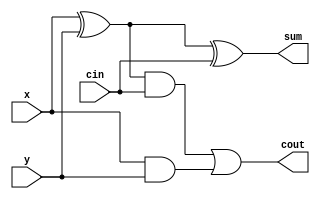
`timescale 1ns / 1ps
//////////////////////////////////////////////////////////////////////////////////
// Company: 
// Engineer: 
// 
// Design Name: 
// Module Name: Lab2_Part4
// Project Name: 
// Target Devices: 
// Tool Versions: 
// Description: 
// 
// Dependencies: 
// 
// Revision:
// Revision 0.01 - File Created
// Additional Comments:
// 
//////////////////////////////////////////////////////////////////////////////////

module Lab2_Part4(sum, cout, x, y, cin);
    input x;
    input y;
    input cin;
    output cout;
    output sum;

wire e, f, g;

xor #10 (e, x, y);
xor #10 (sum, e, cin);
and #10 (f, e, cin);
and #10 (g, x, y);
or #10 (cout, f, g);
    
endmodule

module Lab2_Part4_testbench;

wire cout, sum;
reg x, y, cin;

Lab2_Part4  dut(sum, cout, x, y, cin);

initial begin
    x = 1'b0; y = 1'b0; cin = 1'b0;
    #100;
    x = 1'b0; y = 1'b0; cin = 1'b1;
    #100;
    x = 1'b0; y = 1'b1; cin = 1'b0;
    #100;
    x = 1'b0; y = 1'b1; cin = 1'b1;
    #100;
    x = 1'b1; y = 1'b0; cin = 1'b0;
    #100;
    x = 1'b1; y = 1'b0; cin = 1'b1;
    #100;
    x = 1'b1; y = 1'b1; cin = 1'b0;
    #100;
    x = 1'b1; y = 1'b1; cin = 1'b1;
    #100;
    end
endmodule